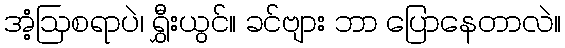
အံ့ဩစရာပဲ၊ ရွှီးယွင်။ ခင်ဗျား ဘာ ပြောနေတာလဲ။